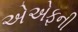
એએફની